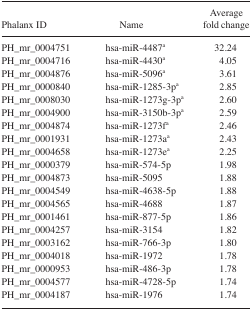
<table><thead><tr><td><b>Phalanx ID</b></td><td><b>Name</b></td><td><b>Average fold change</b></td></tr></thead><tbody><tr><td>PH_mr_0004751</td><td>hsa-miR-4487a</td><td>32.24</td></tr><tr><td>PH_mr_0004716</td><td>hsa-miR-4430a</td><td>4.05</td></tr><tr><td>PH_mr_0004876</td><td>hsa-miR-5096a</td><td>3.61</td></tr><tr><td>PH_mr_0000840</td><td>hsa-miR-1285-3pa</td><td>2.85</td></tr><tr><td>PH_mr_0008030</td><td>hsa-miR-1273g-3pa</td><td>2.60</td></tr><tr><td>PH_mr_0004900</td><td>hsa-miR-3150b-3pa</td><td>2.59</td></tr><tr><td>PH_mr_0004874</td><td>hsa-miR-1273fa</td><td>2.46</td></tr><tr><td>PH_mr_0001931</td><td>hsa-miR-1273aa</td><td>2.43</td></tr><tr><td>PH_mr_0004658</td><td>hsa-miR-1273ea</td><td>2.25</td></tr><tr><td>PH_mr_0000379</td><td>hsa-miR-574-5p</td><td>1.98</td></tr><tr><td>PH_mr_0004873</td><td>hsa-miR-5095</td><td>1.88</td></tr><tr><td>PH_mr_0004549</td><td>hsa-miR-4638-5p</td><td>1.88</td></tr><tr><td>PH_mr_0004565</td><td>hsa-miR-4688</td><td>1.87</td></tr><tr><td>PH_mr_0001461</td><td>hsa-miR-877-5p</td><td>1.86</td></tr><tr><td>PH_mr_0004257</td><td>hsa-miR-3154</td><td>1.82</td></tr><tr><td>PH_mr_0003162</td><td>hsa-miR-766-3p</td><td>1.80</td></tr><tr><td>PH_mr_0004018</td><td>hsa-miR-1972</td><td>1.78</td></tr><tr><td>PH_mr_0000953</td><td>hsa-miR-486-3p</td><td>1.78</td></tr><tr><td>PH_mr_0004577</td><td>hsa-miR-4728-5p</td><td>1.74</td></tr><tr><td>PH_mr_0004187</td><td>hsa-miR-1976</td><td>1.74</td></tr></tbody></table>